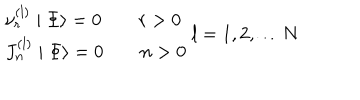
\begin{array} { l } { { \nu _ { r } ^ { \left( l \right) } \mid \Phi \rangle = 0 \qquad r > 0 } } \\ { { J _ { n } ^ { \left( l \right) } \mid \Phi \rangle = 0 \qquad n > 0 } } \\ \end{array} \begin{array} { c } { { l = 1 , 2 , \ldots N } } \\ \end{array}